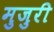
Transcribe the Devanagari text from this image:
मुजुरी